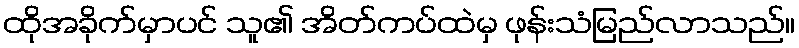
ထိုအခိုက်မှာပင် သူ၏ အိတ်ကပ်ထဲမှ ဖုန်းသံမြည်လာသည်။